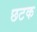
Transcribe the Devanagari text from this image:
छटक